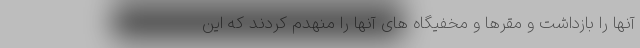
آنها را بازداشت و مقرها و مخفیگاه های آنها را منهدم کردند که این